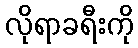
လိုရာခရီးကို